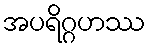
အပရိဂ္ဂဟဿ